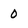
Character: 0